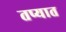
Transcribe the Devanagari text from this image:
तप्यात